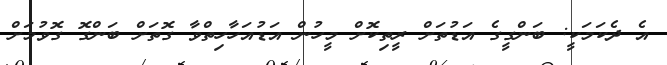
އެ ދެކަމަކީ: ބަންގީގެ އަޑުތަށް ރީތިކޮށް މީހުން އަޑުއަހާހިތްވާ ގޮތަށް ބަންގޮ ގޮވުމަށް